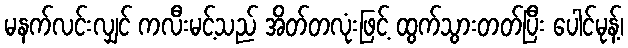
မနက်လင်းလျှင် ကလီးမင့်သည် အိတ်တလုံးဖြင့် ထွက်သွားတတ်ပြီး ပေါင်မုန့်၊